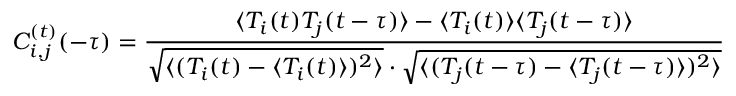
C _ { i , j } ^ { ( t ) } ( - \tau ) = \frac { \langle T _ { i } ( t ) T _ { j } ( t - \tau ) \rangle - \langle T _ { i } ( t ) \rangle \langle T _ { j } ( t - \tau ) \rangle } { \sqrt { \langle ( T _ { i } ( t ) - \langle T _ { i } ( t ) \rangle ) ^ { 2 } \rangle } \cdot \sqrt { \langle ( T _ { j } ( t - \tau ) - \langle T _ { j } ( t - \tau ) \rangle ) ^ { 2 } \rangle } }